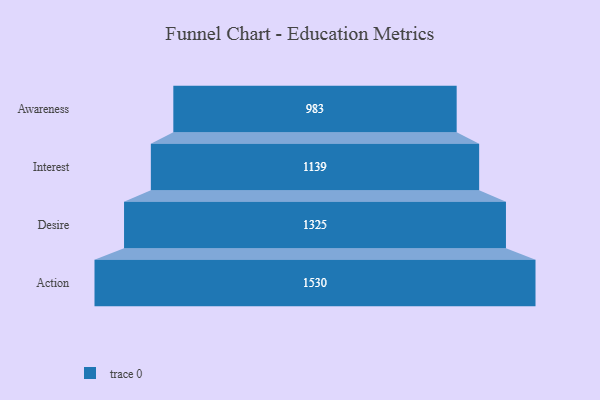
{"axis": {"x": "Stage", "y": "Value"}, "legend": [""], "data": [{"x": "Awareness", "y": 983.0, "type": ""}, {"x": "Interest", "y": 1139.0, "type": ""}, {"x": "Desire", "y": 1325.0, "type": ""}, {"x": "Action", "y": 1530.0, "type": ""}]}